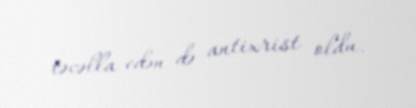
təcəlla edən də antixrist oldu.